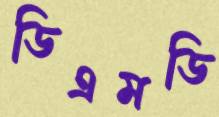
ডিএমডি